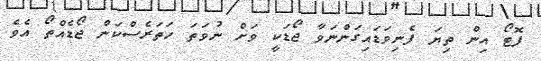
ފޮޓޯ އިން ތިޔަ ފެނިވަޑައިގަންނަވާ ޖޯޑަކީ ވަށް ނުވަތަ ހަތަރެސްކަން ޖޯޑެއްތޯ އެވެ